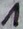
Text: 1